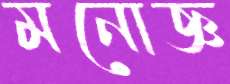
মনোজ্ঞ